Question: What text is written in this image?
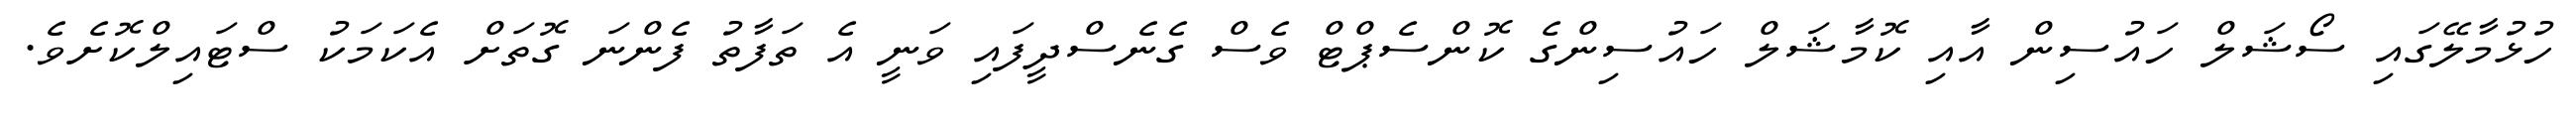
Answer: ހުޅުމާލޭގައި ސޯޝަލް ހައުސިން އާއި ކޮމާޝަލް ހައުސިންގެ ކޮންސެޕްޓް ވެސް ގެނެސްދީފައި ވަނީ އެ ތަފާތު ފެންނަ ގޮތަށް އެކަމަކު ސްޓައިލްކޮށެވެ.